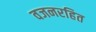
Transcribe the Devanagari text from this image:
वजनरहित